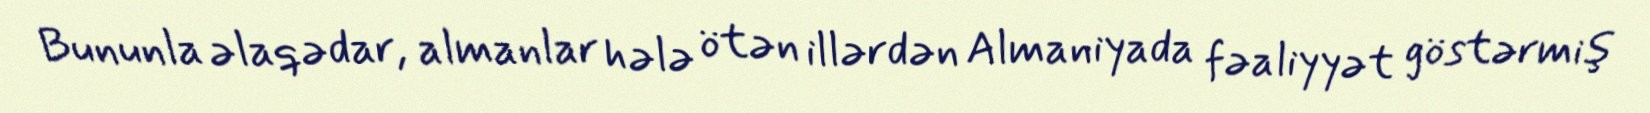
Bununla əlaqədar, almanlar hələ ötən illərdən Almaniyada fəaliyyət göstərmiş